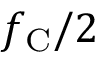
f _ { \mathrm { C } } / 2